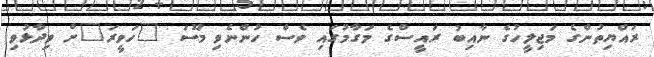
ރައްޔިތުންގެ މަޖިލީހުގެ ނާއިބު ރައީސްގެ މަގާމުގައި ވެސް ހުންނެވި މޫސަ "ހަވީރަ"ށް ވިދާޅުވި